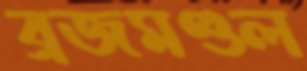
ব্রজমণ্ডল